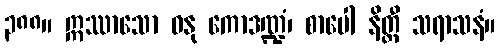
၃၈၈။ ဣဿာသော ဓနု ကောဒဏ္ဍံ၊ စာပေါ နိတ္ထီ သရာသနံ။